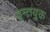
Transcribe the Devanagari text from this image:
वृन्तयुक्त